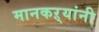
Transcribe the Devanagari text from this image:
मानकऱ्यांनी